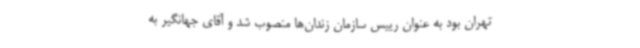
تهران بود به عنوان رییس سازمان زندان‌ها منصوب شد و آقای جهانگیر به